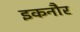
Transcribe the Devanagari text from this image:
इकनौर